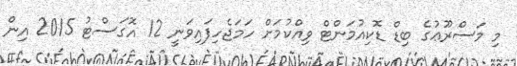
މި މަސްރޫޢުގެ ބިޑް ޑޮކިއުމަންޓް ވިއްކުމަށް ހަމަޖެހިފައިވަނީ 12 އޮގަސްޓު 2015 އިން